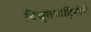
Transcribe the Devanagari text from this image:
विद्युतवाहिनीचे